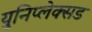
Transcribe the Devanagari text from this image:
युनिप्लेक्सड